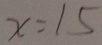
x = 1 5